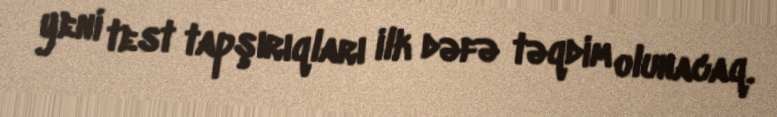
yeni test tapşırıqları ilk dəfə təqdim olunacaq.